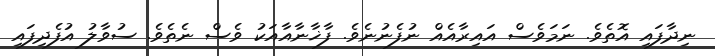
ނިދާފައި އޮތެވެ. ނަމަވެސް އައިރާއެއް ނުފެނުނެވެ. ފާޚާނާއާއަކު ވެސް ނެތެވެ. ސުވާލު އުފެދިފައި